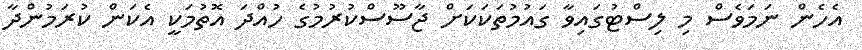
އެހެން ނަމަވެސް މި ލިސްޓުގައިވާ ގައުމުތަކަކަށް ޖާސޫސްކުރުމުގެ ހުއްދަ އޮތުމަކީ އެކަން ކުރަމުންދާ